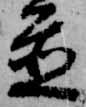
置